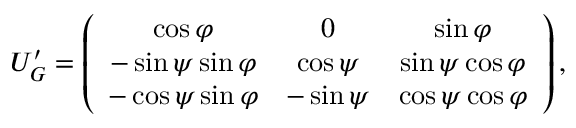
U _ { G } ^ { \prime } = \left( \begin{array} { c c c } { { \cos \varphi } } & { { 0 } } & { { \sin \varphi } } \\ { { - \sin \psi \sin \varphi } } & { { \cos \psi } } & { { \sin \psi \cos \varphi } } \\ { { - \cos \psi \sin \varphi } } & { { - \sin \psi } } & { { \cos \psi \cos \varphi } } \end{array} \right) ,